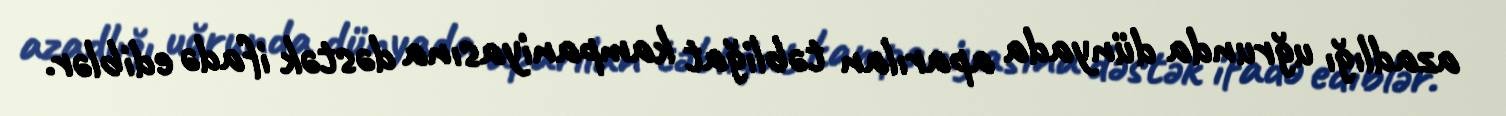
azadlığı uğrunda dünyada aparılan təbliğat kampaniyasına dəstək ifadə ediblər.